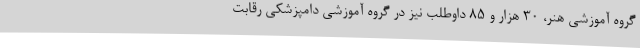
گروه آموزشی هنر، 30 هزار و 85 داوطلب نیز در گروه آموزشی دامپزشکی رقابت